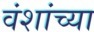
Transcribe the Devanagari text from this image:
वंशांच्या